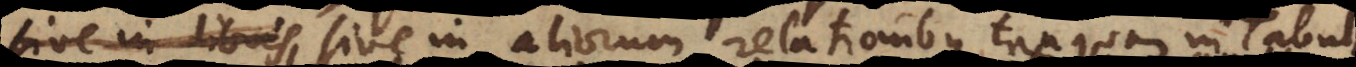
sive in libris, sive in aliorum relationibus, tanquam in Tabul